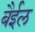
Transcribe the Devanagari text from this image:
बैईल